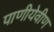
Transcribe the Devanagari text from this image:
पाणीयेवीण